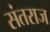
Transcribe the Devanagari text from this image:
संतराज